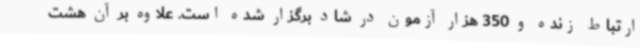
ارتباط زنده و 350 هزار آزمون در شاد برگزار شده است. علاوه بر آن هشت